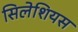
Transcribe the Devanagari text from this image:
सिलेशियस